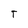
Character: T